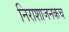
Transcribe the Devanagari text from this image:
निराशाजनकच